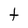
Character: t